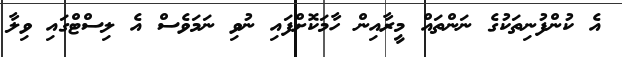
އެ ކުންފުނިތަކުގެ ނަންތައް މީރާއިން ހާމަކޮށްފައި ނުވި ނަމަވެސް އެ ލިސްޓްގައި ވިލާ